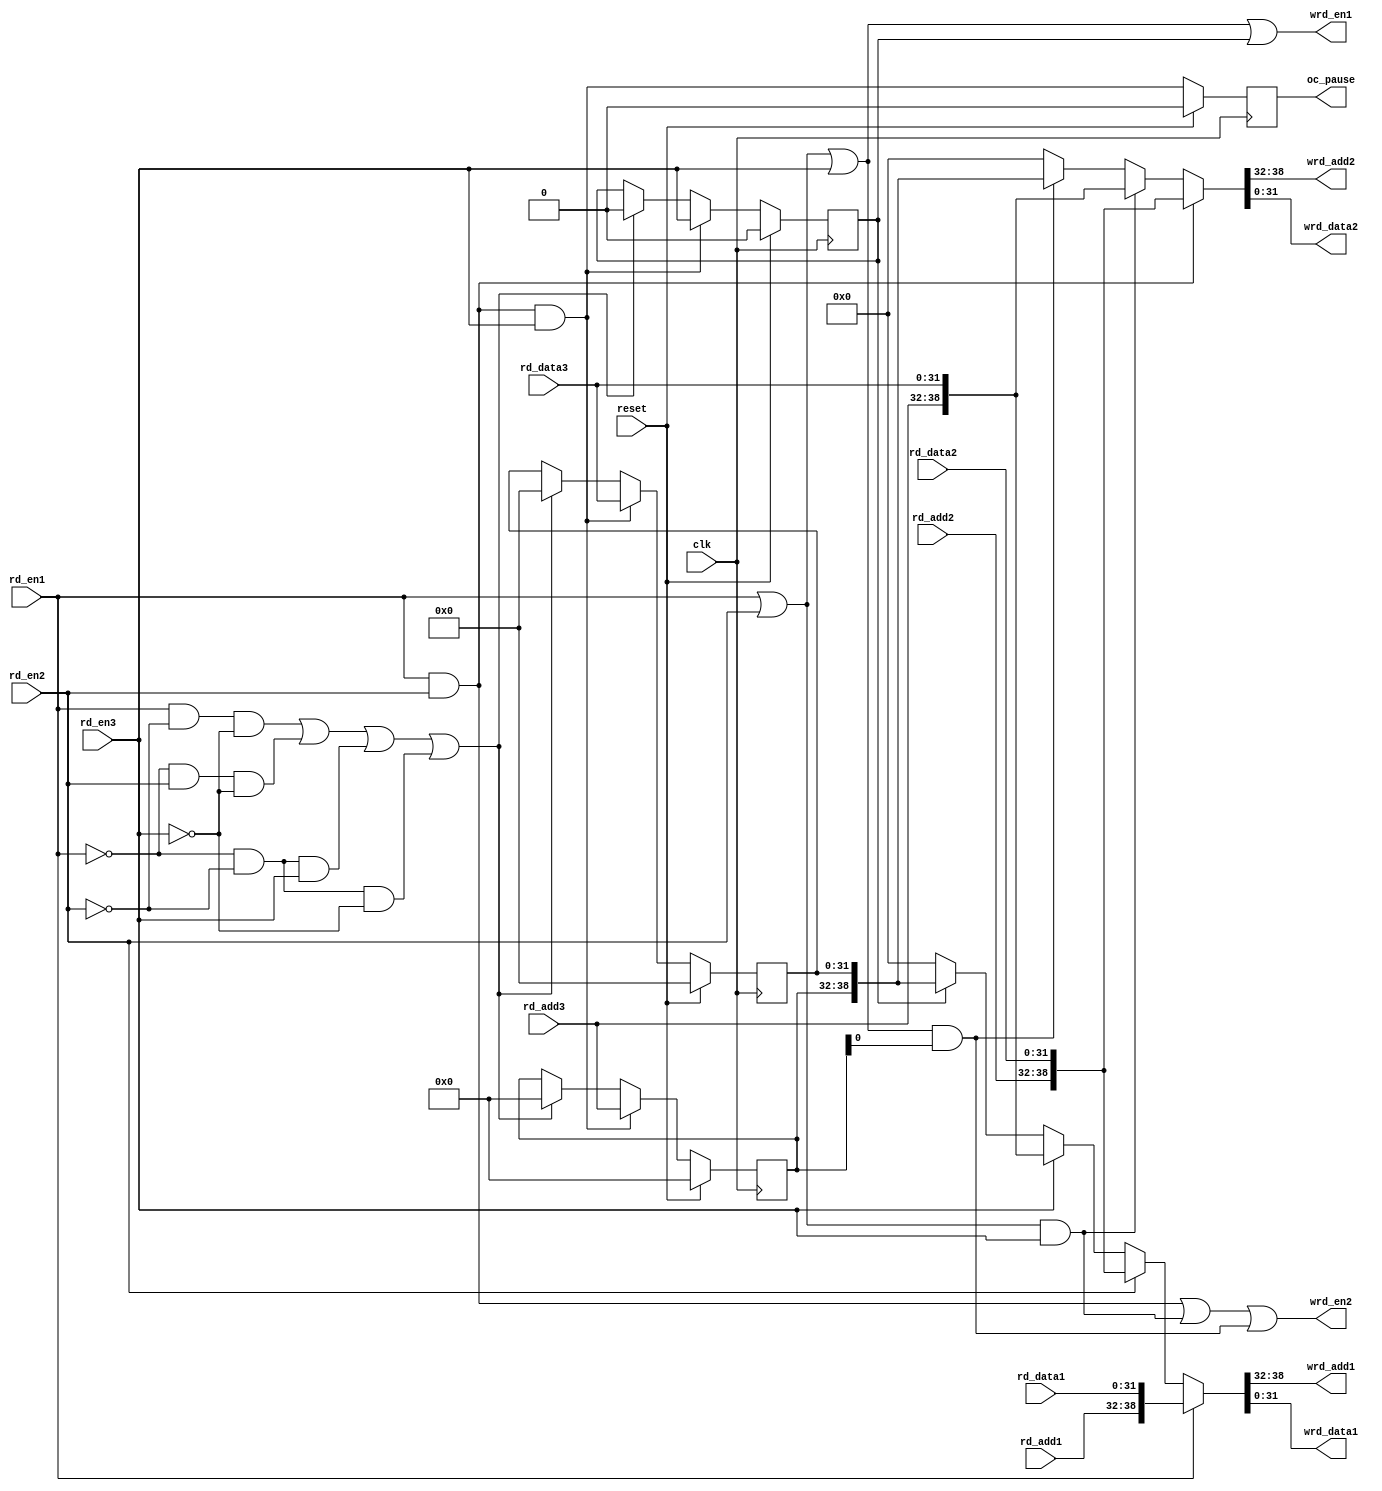
module reg_write(
	input clk,
	input reset,
	
	input        rd_en1,
	input [6:0]  rd_add1,
	input [31:0] rd_data1,      
	
	input        rd_en2,
	input [6:0]  rd_add2,
	input [31:0] rd_data2,
	
	input        rd_en3,
	input [6:0]  rd_add3,
	input [31:0] rd_data3,
	
//******** output signals **********//
	output        wrd_en1,
	output [6:0]  wrd_add1,
	output [31:0] wrd_data1,
	
	output        wrd_en2,
	output [6:0]  wrd_add2,
	output [31:0] wrd_data2,
	
	output oc_pause
	);
	
	wire reg_wen = rd_en1 & rd_en2 & rd_en3;
	wire reg_clear = (rd_en1 & !rd_en2 & !rd_en3) | (!rd_en1 & rd_en2 & !rd_en3) | (!rd_en1 & !rd_en2 & rd_en3) | (!rd_en1 & !rd_en2 & !rd_en3) ;
	
	reg        reg_rd_en  ; 
	reg [6:0]  reg_rd_add ; 
	reg [31:0] reg_rd_data; 
	
	always@(posedge clk) begin
		if      ( reset     ) { reg_rd_en, reg_rd_add, reg_rd_data } <= { 1'd0, 7'd0, 32'd0 };
		else if ( reg_wen   ) { reg_rd_en, reg_rd_add, reg_rd_data } <= { rd_en3, rd_add3, rd_data3 };
		else if ( reg_clear ) { reg_rd_en, reg_rd_add, reg_rd_data } <= { 1'd0, 7'd0, 32'd0 };
		
	end
	
	wire wire_oc_pause = ( rd_en1 & rd_en2 & rd_en3 ) ;
	
	reg reg_oc_pause; always@(posedge clk) if(reset) reg_oc_pause <= 0; else reg_oc_pause <= wire_oc_pause;
	
//-------------------------------------------------------------------------------------//
//                                     outputs
//-------------------------------------------------------------------------------------//
	
	assign wrd_en1 = rd_en1 | rd_en2 | rd_en3 | reg_rd_en;
	assign {wrd_add1, wrd_data1} = (rd_en1   ) ? {rd_add1, rd_data1}
	:                              (rd_en2   ) ? {rd_add2, rd_data2}
	:                              (rd_en3   ) ? {rd_add3, rd_data3}
	:                              (reg_rd_en) ? {reg_rd_add, reg_rd_data}
	:                              39'd0;
	
	wire en1 = rd_en1 & rd_en2;
	wire en2 = (rd_en1 | rd_en2) & rd_en3;
	wire en3 = (rd_en1 | rd_en2 | rd_en3) & reg_rd_add;
	
	assign wrd_en2 = en1 | en2 | en3 ;
	assign {wrd_add2, wrd_data2} = (en1) ? {rd_add2, rd_data2}
	:                              (en2) ? {rd_add3, rd_data3}
	:                              (en3) ? {reg_rd_add, reg_rd_data}
	:                              39'd0;

	assign oc_pause = reg_oc_pause;
	
endmodule